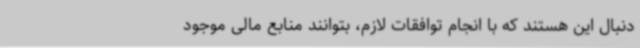
دنبال این هستند که با انجام توافقات لازم، بتوانند منابع مالی موجود